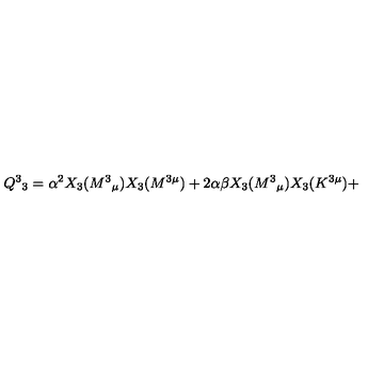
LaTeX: Q ^ { 3 } { } _ { 3 } = \alpha ^ { 2 } X _ { 3 } ( M ^ { 3 } { } _ { \mu } ) X _ { 3 } ( M ^ { 3 \mu } ) + 2 \alpha \beta X _ { 3 } ( M ^ { 3 } { } _ { \mu } ) X _ { 3 } ( K ^ { 3 \mu } ) +